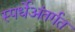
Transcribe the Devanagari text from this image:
स्पर्धेअंतर्गत